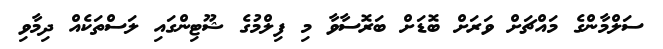
ސަލްމާންގެ މައްޗަށް ވަރަށް ބޮޑަށް ބަރޮސާވާ މި ފިލްމުގެ ޝޫޓިންގައި ލަސްތަކެއް ދިމާވި